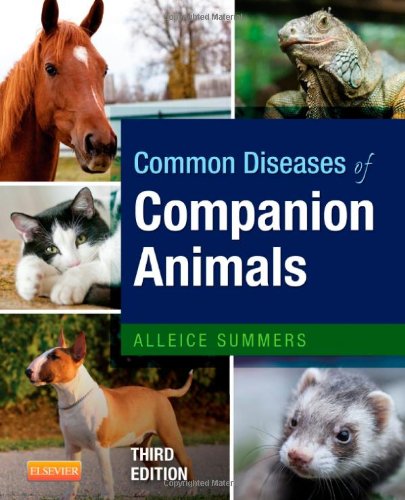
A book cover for Common Diseases of Companion Animals, 3e; Alleice Summers DVM; Medical Books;